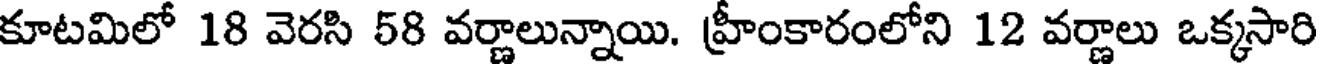
కూటమిలో 18 వెరసి 58 వర్ణాలున్నాయి. హ్రీంకారంలోని 12 వర్ణాలు ఒక్కసారి